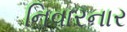
નિવારનાર